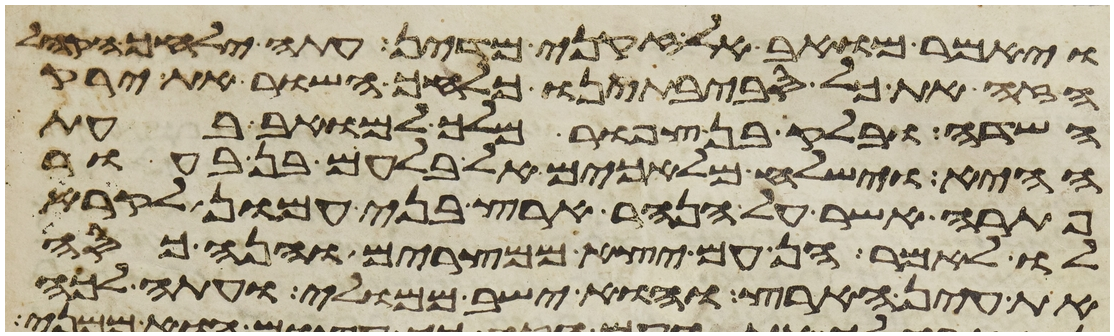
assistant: ויאמר מואב אל זקני מדין עתה ילחך הקהל
הזה את כל סביבתינו כלחך השור את ירק
השדה ובלק בן צפור מלך למואב בעת
ההיא וישלח מלאכים אל בלעם בן בעור
פתרה אשר על הנהר ארץ בני עמון לקרא
לו לאמר הן עם יצא ממצרים והנה כסה
את עין הארץ והוא ישב ממולי ועתה לכה